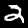
Digit: 2